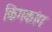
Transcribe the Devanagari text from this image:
किंगकांग